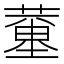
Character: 𦻍